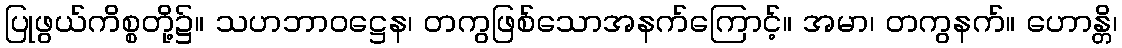
ပြုဖွယ်ကိစ္စတို့၌။ သဟဘာဝဋ္ဌေန၊ တကွဖြစ်သောအနက်ကြောင့်။ အမာ၊ တကွနက်။ ဟောန္တိ၊